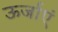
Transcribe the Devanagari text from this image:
ऊर्जाएं